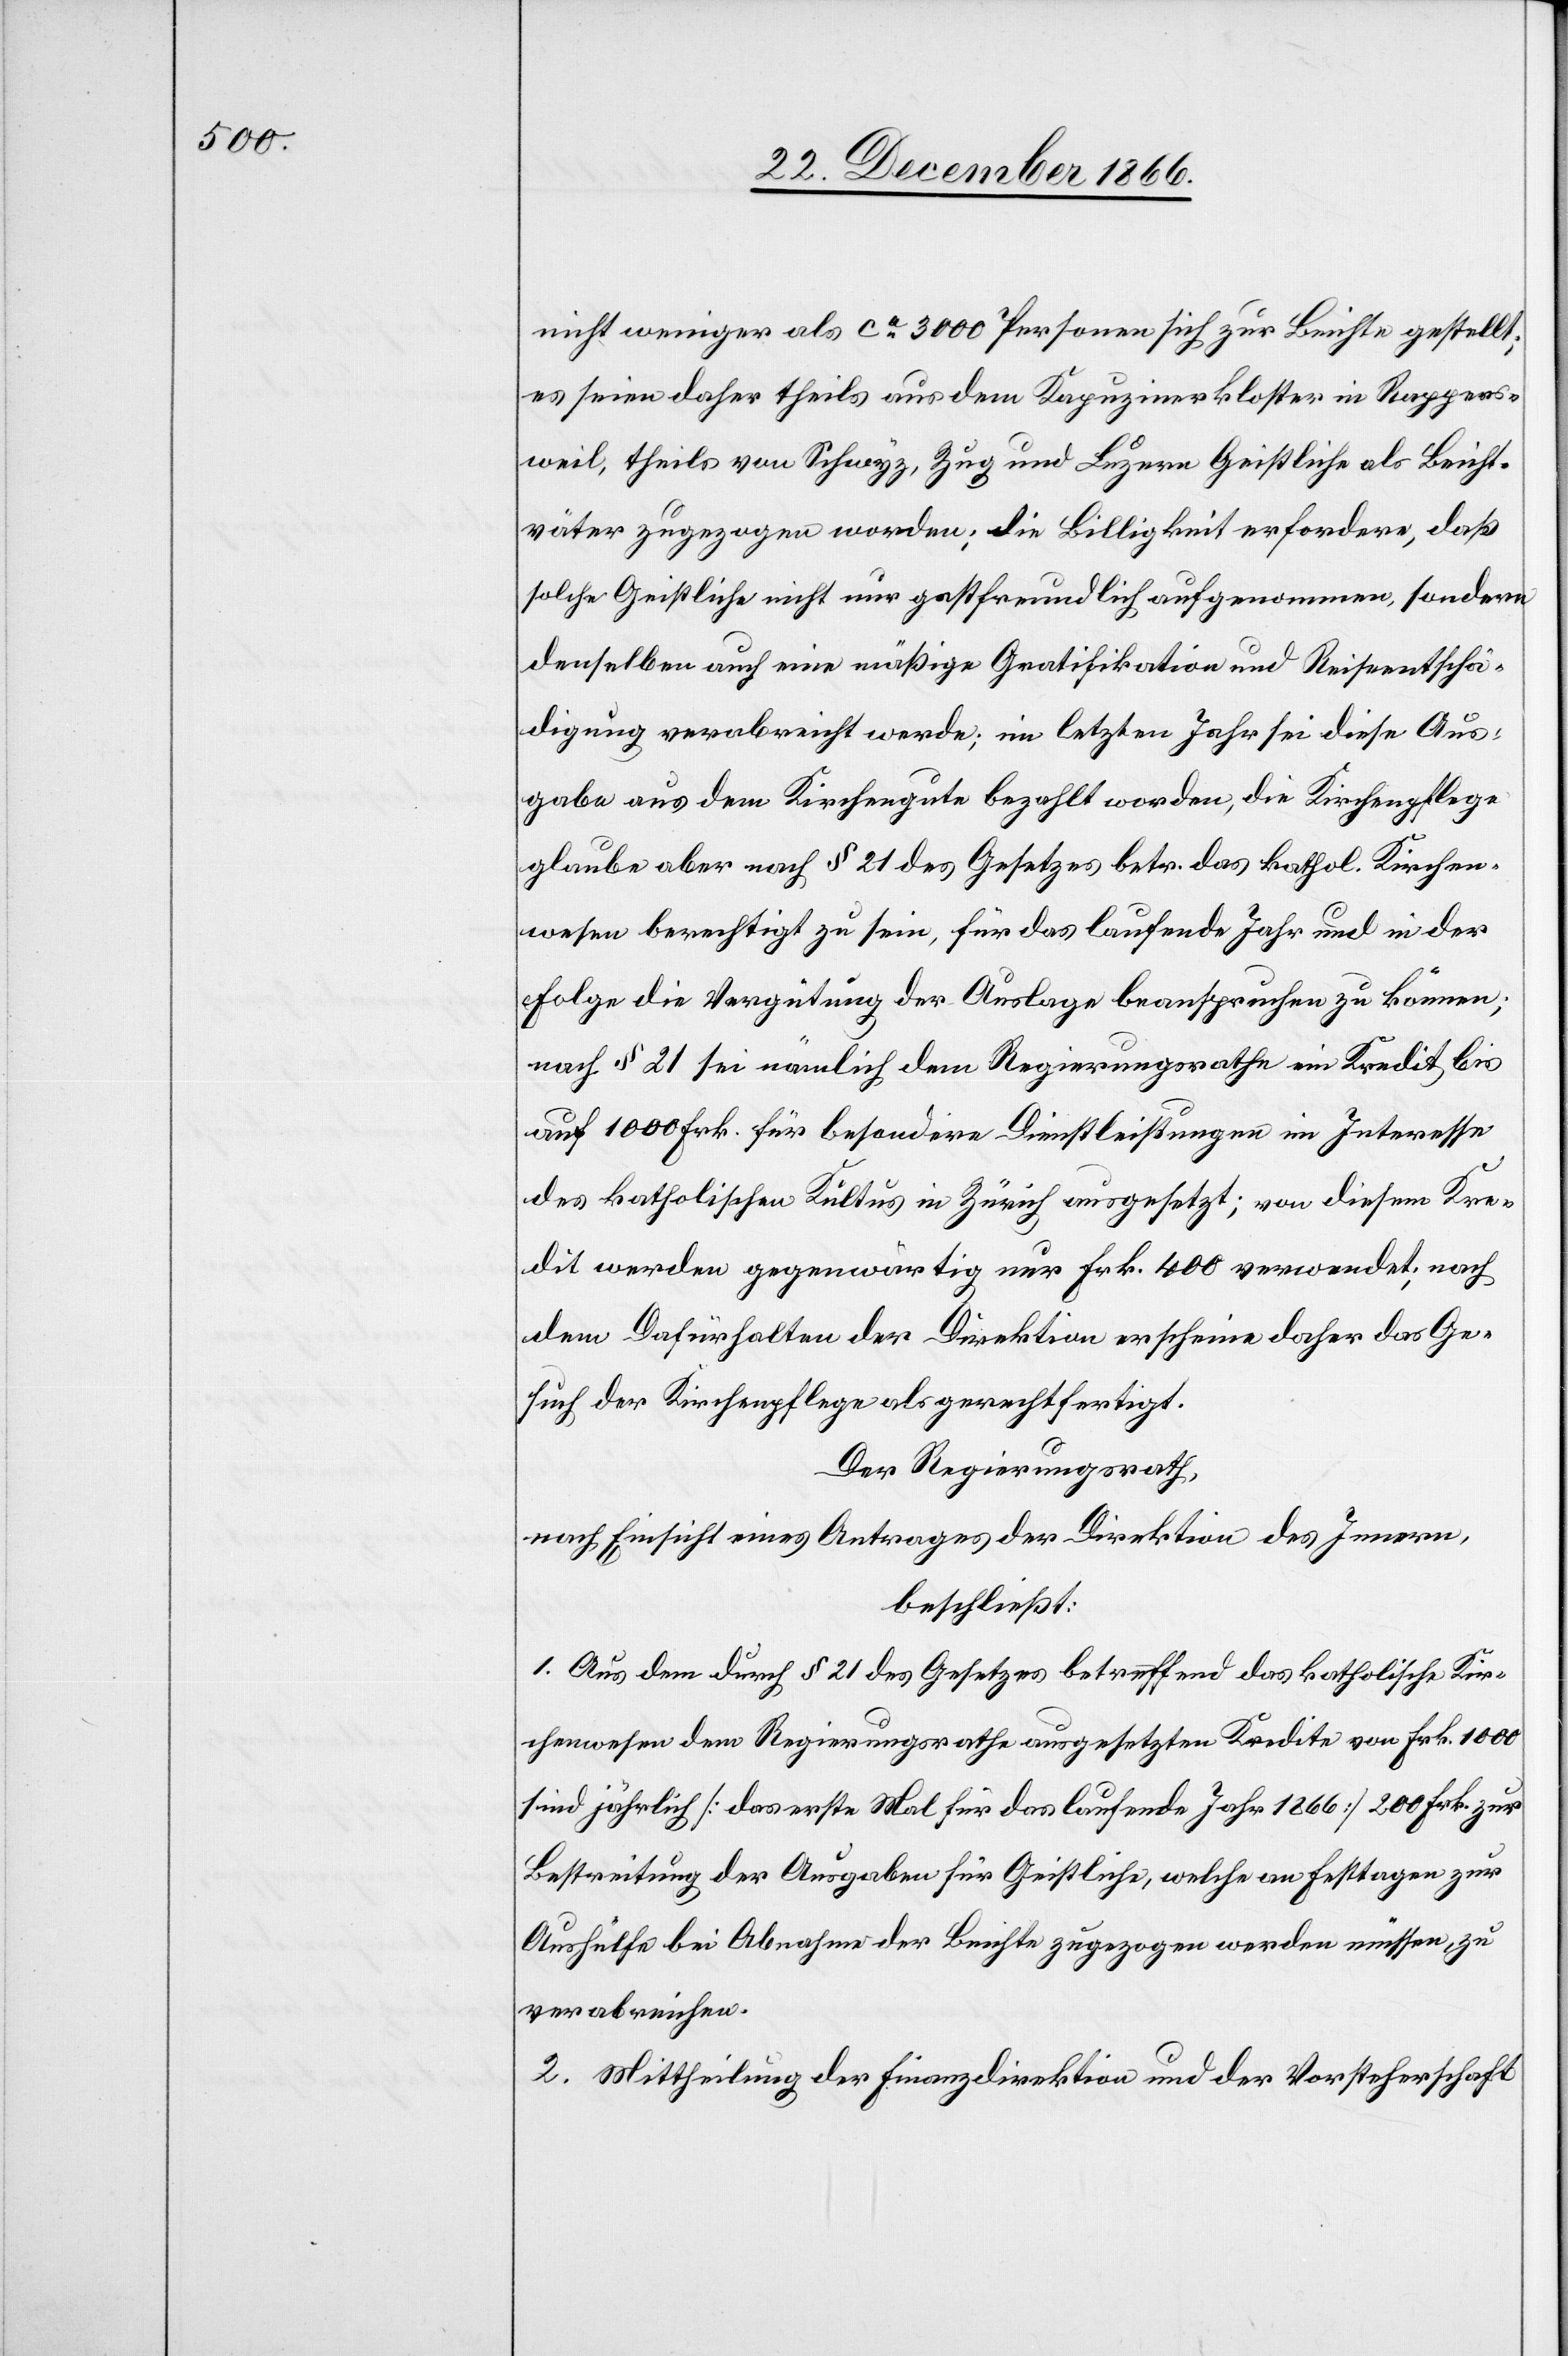
nicht weniger als ca. 3000 Personen sich zur Beichte gestellt;
es seien daher theils aus dem Kapuzinerkloster in Rappers¬
weil, theils von Schwyz, Zug und Luzern Geistliche als Beicht¬
väter zugezogen worden; die Billigkeit erfordere, daß
solche Geistliche nicht nur gastfreundlich aufgenommen, sondern
denselben auch eine mäßige Gratifikation und Reiseentschä¬
digung verabreicht werde; im letzten Jahr sei diese Aus¬
gabe aus dem Kirchengute bezahlt worden, die Kirchenpflege
glaube aber nach § 21 des Gesetzes betr. das kathol. Kirchen¬
wesen berechtigt zu sein, für das laufende Jahr und in der
Folge die Vergütung der Auslage beanspruchen zu können;
nach § 21 sei nämlich dem Regierungsrathe ein Kredit bis
auf 1000 Frk. für besondere Dienstleistungen im Interesse
des katholischen Kultus in Zürich ausgesetzt; von diesem Kre¬
dit werden gegenwärtig nur Frk. 400 verwendet; nach
dem Dafürhalten der Direktion erscheine daher das Ge¬
such der Kirchenpflege als gerechtfertigt.
Der Regierungsrath,
nach Einsicht eines Antrages der Direktion des Innern,
beschließt:
1. Aus dem durch § 21 des Gesetzes betreffend das katholische Kir¬
chenwesen dem Regierungsrathe ausgesetzten Kredite von Frk. 1000
sind jährlich [das erste Mal für das laufende Jahr 1866] 200 Frk. zur
Bestreitung der Ausgaben für Geistliche, welche an Festtagen zur
Aushülfe bei Abnahme der Beichte zugezogen werden müssen, zu
verabreichen.
2. Mittheilung der Finanzdirektion und der Vorsteherschaft